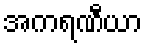
အကရဏီယာ